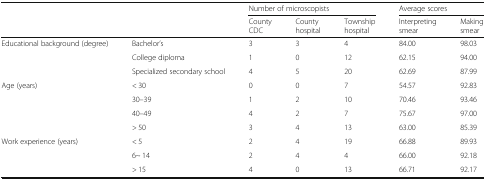
|  |  | <COLSPAN=3> Number of microscopists | <COLSPAN=2> Average scores |
 |  |  | County CDC | County hospital | Township hospital | Interpreting smear | Making smear |
 | --- | --- | --- | --- | --- | --- | --- |
 | <ROWSPAN=3> Educational background (degree) | Bachelor’s | 3 | 3 | 4 | 84.00 | 98.03 |
 | College diploma | 1 | 0 | 12 | 62.15 | 94.00 |
 | Specialized secondary school | 4 | 5 | 20 | 62.69 | 87.99 |
 | <ROWSPAN=4> Age (years) | < 30 | 0 | 0 | 7 | 54.57 | 92.83 |
 | 30–39 | 1 | 2 | 10 | 70.46 | 93.46 |
 | 40–49 | 4 | 2 | 7 | 75.67 | 97.00 |
 | > 50 | 3 | 4 | 13 | 63.00 | 85.39 |
 | <ROWSPAN=3> Work experience (years) | < 5 | 2 | 4 | 19 | 66.88 | 89.93 |
 | 6~ 14 | 2 | 4 | 4 | 66.00 | 92.18 |
 | > 15 | 4 | 0 | 13 | 66.71 | 92.17 |